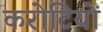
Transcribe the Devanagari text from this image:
करोटियों